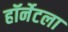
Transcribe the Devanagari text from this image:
हॉर्नेटला